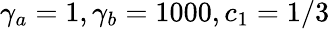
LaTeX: \gamma_{a}=1,\gamma_{b}=1000,c_{1}=1/3